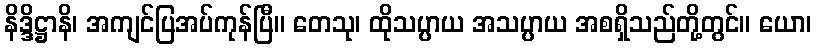
နိဒ္ဒိဋ္ဌာနိ၊ အကျင်ပြအပ်ကုန်ပြီ။ တေသု၊ ထိုသပ္ပာယ အသပ္ပာယ အစရှိသည်တို့တွင်။ ယော၊